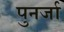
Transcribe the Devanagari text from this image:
पुनर्जा